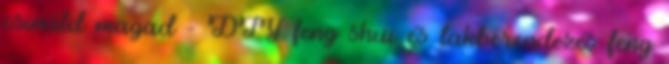
csináld magad - DIY feng shui és lakberendezés feng